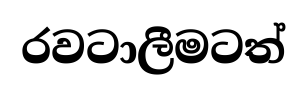
රවටාලීමටත්